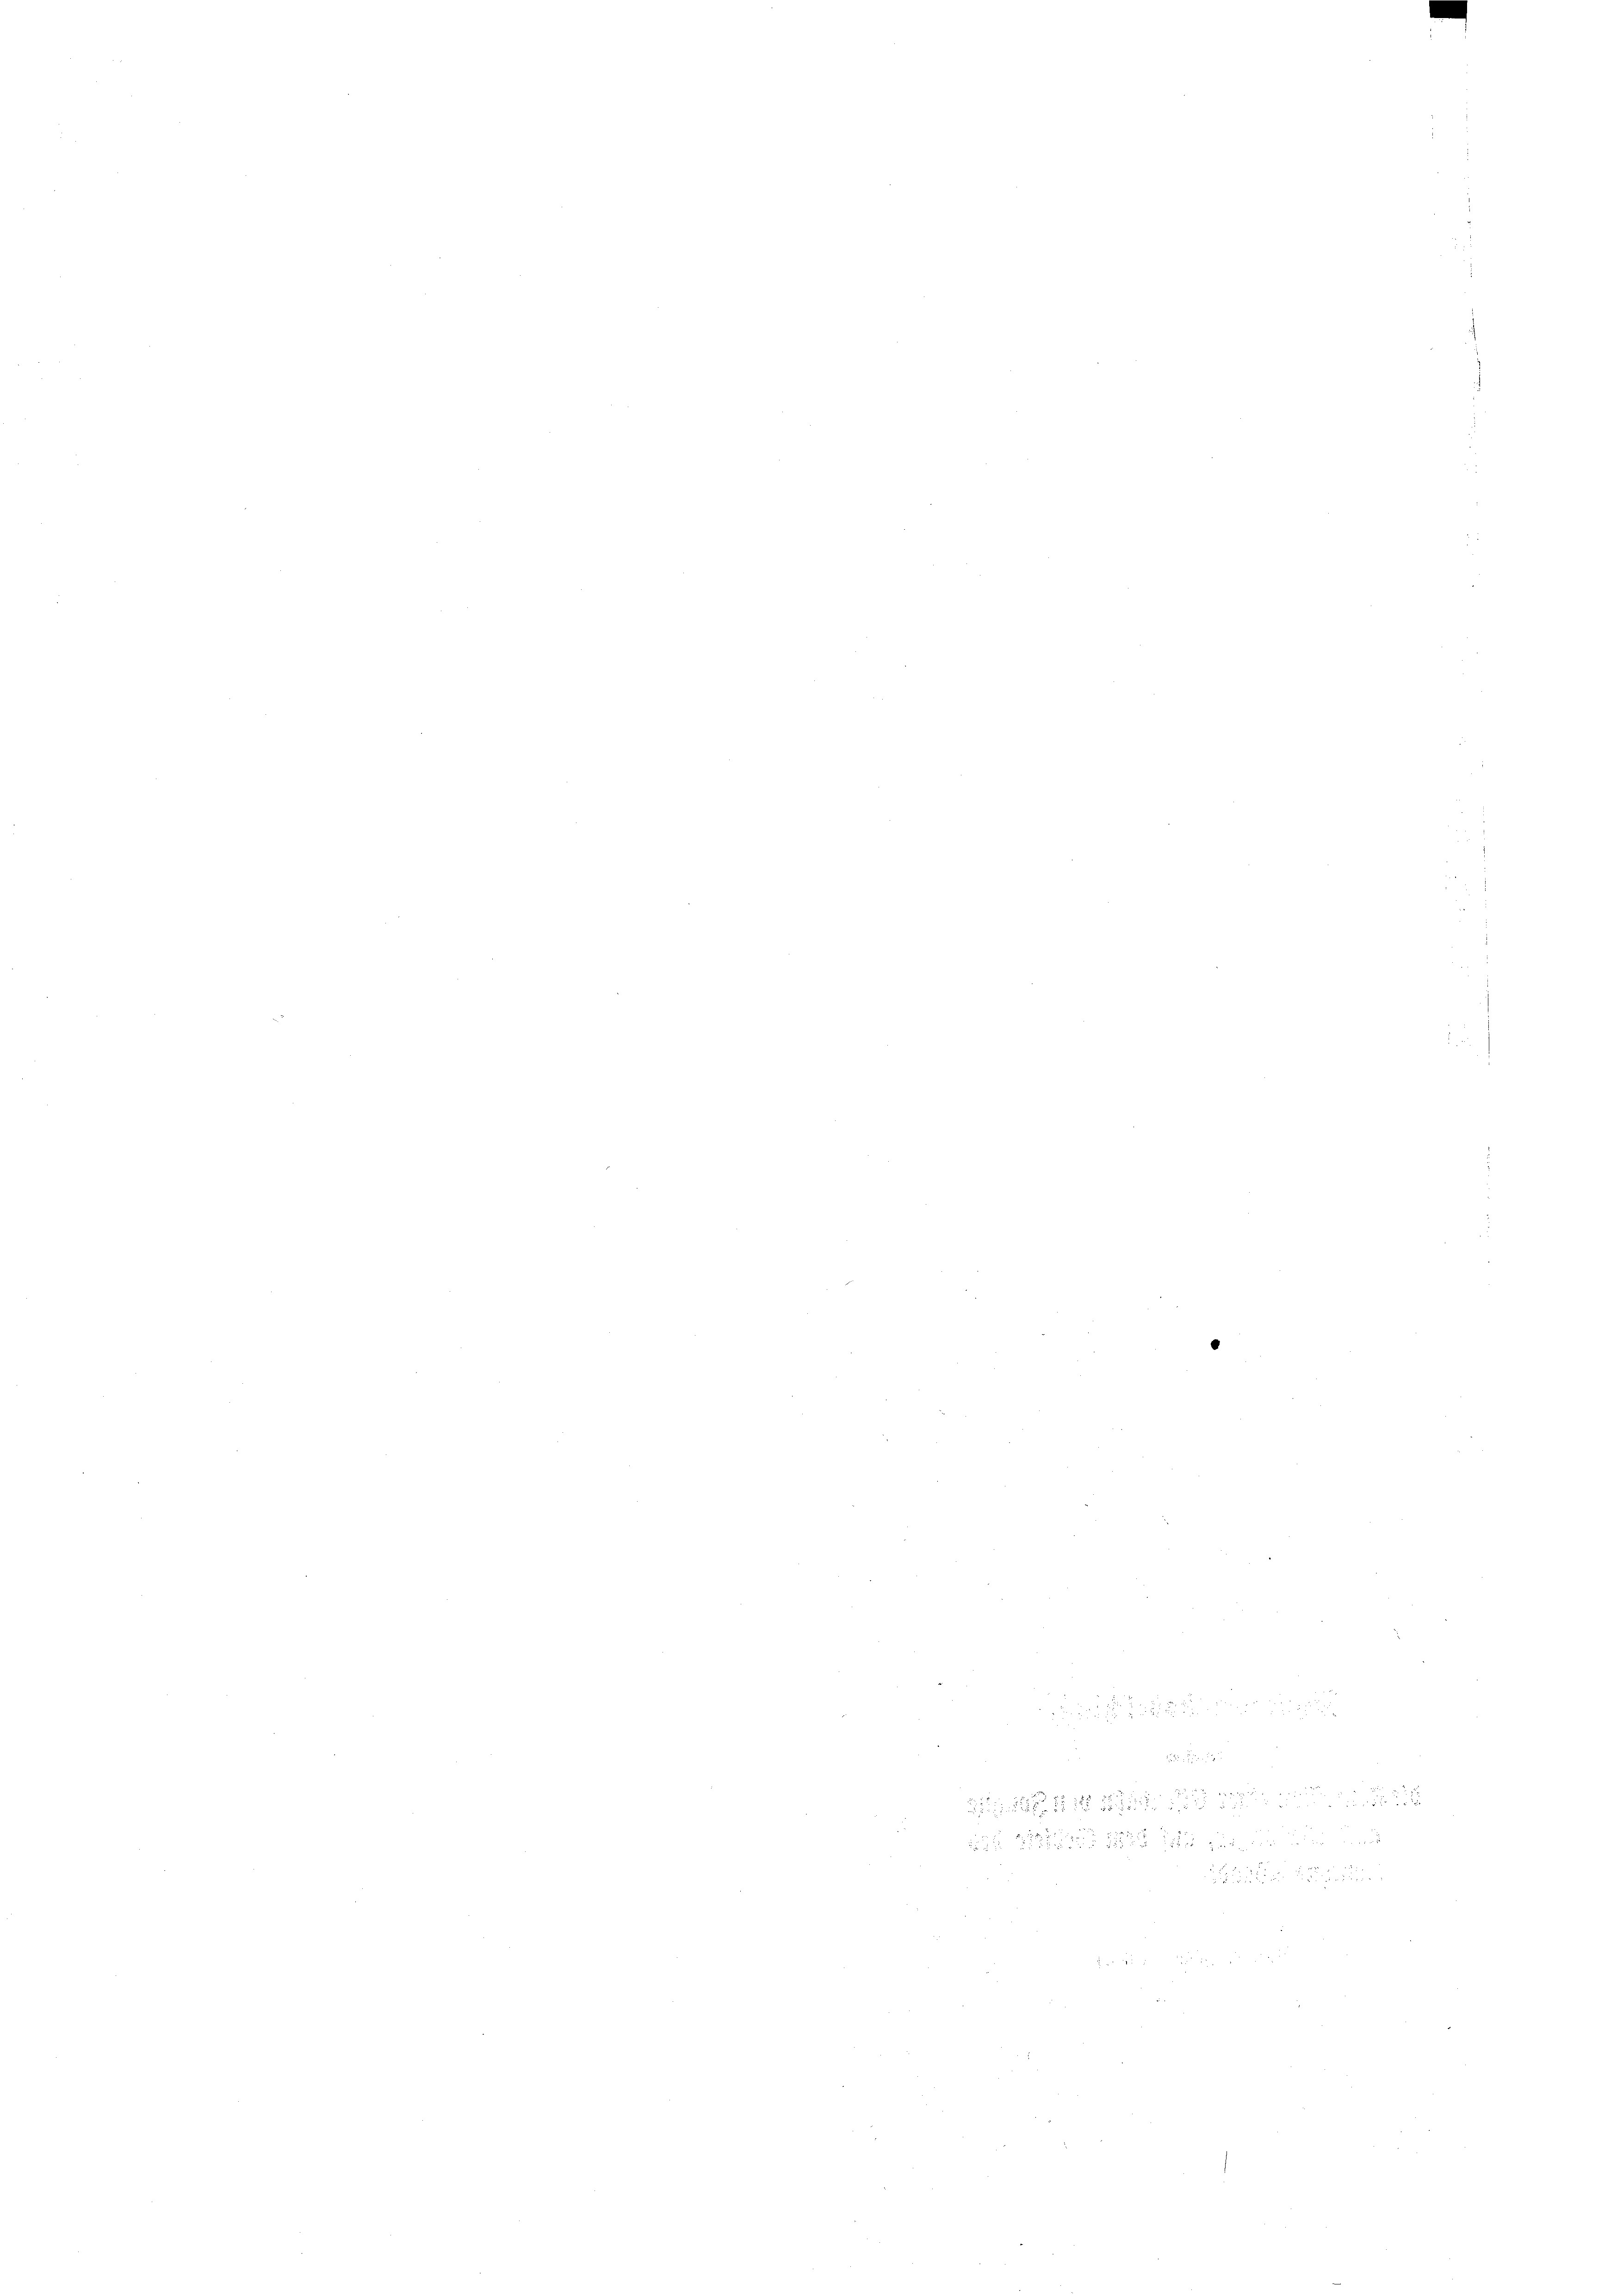
2